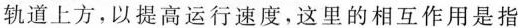
轨道上方，以提高运行速度，这里的相互作用是指